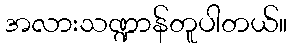
အလားသဏ္ဍာန်တူပါတယ်။